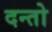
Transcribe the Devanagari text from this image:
दन्तो